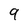
Character: 9